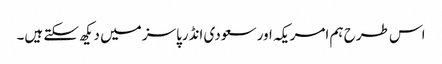
اس طرح ہم امریکہ اور سعودی انڈرپاسز میں دیکھ سکتے ہیں۔